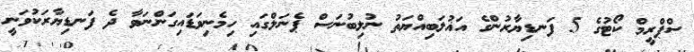
ސްޕްރީމް ކޯޓުގެ 5 ފަނޑިޔާރުންގެ އަޣުލަބިއްޔަތު ނުލިބުނަސް ޕެނަލްގައި ހިމެނިވަޑައިގަންނަވާ ދެ ފަނޑިޔާރަކުވަނީ